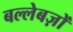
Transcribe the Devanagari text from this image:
बल्लेबज़ों